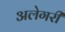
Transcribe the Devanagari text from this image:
अलेगरी